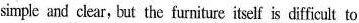
simple and clear, but the furniture itself is difficult to